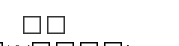
٣٧